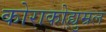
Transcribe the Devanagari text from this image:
कोराकोह्युम्रल